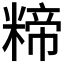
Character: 𮇱